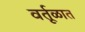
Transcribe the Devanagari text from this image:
वर्तूळात